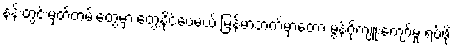
နန်းတွင်းမှတ်တမ်းတွေမှာ တွေ့နိုင်ပေမယ့် မြန်မာဘက်မှာတော့ မွန်ဂိုကျူးကျော်မှု ရပ်ဖို့